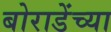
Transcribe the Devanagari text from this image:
बोराडेंच्या